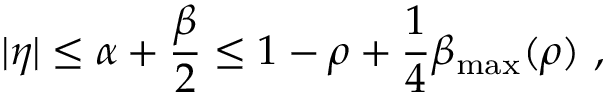
| \eta | \leq \alpha + \frac { \beta } { 2 } \leq 1 - \rho + \frac { 1 } { 4 } \beta _ { \mathrm { m a x } } ( \rho ) ~ ,